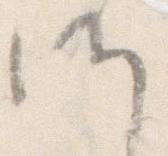
候